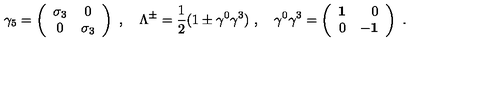
\gamma _ { { 5 } } = \left( \begin{array} { c c } { \sigma _ { 3 } } & { 0 } \\ { \noalign { \medskip } 0 } & { \sigma _ { 3 } } \\ \end{array} \right) \ , \quad \Lambda ^ { \pm } = \frac { 1 } { 2 } ( 1 \pm \gamma ^ { 0 } \gamma ^ { 3 } ) \ , \quad \gamma ^ { 0 } \gamma ^ { 3 } = \left( \begin{array} { r r } { { \bf 1 } } & { 0 } \\ { \noalign { \medskip } 0 } & { { \bf - 1 } } \\ \end{array} \right) \ .